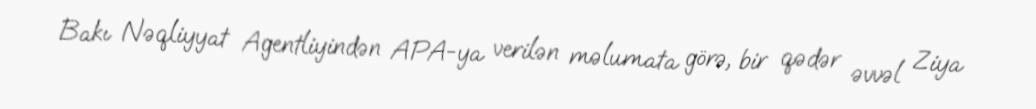
Bakı Nəqliyyat Agentliyindən APA-ya verilən məlumata görə, bir qədər əvvəl Ziya